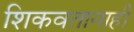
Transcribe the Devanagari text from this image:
शिकवतानाही